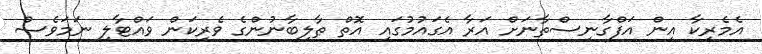
އެމެރިކާ އިން އަފްގާނިސްތާނަށް އަރާ އެގައުމުގައި އޮތް ޠާލިބާނުންގެ ވެރިކަން ވައްޓާލި ނަމަވެސް